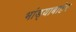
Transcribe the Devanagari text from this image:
भांड्याबाहेर